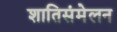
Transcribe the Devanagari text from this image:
शातिसंमेलन